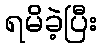
ရမိခဲ့ပြီး